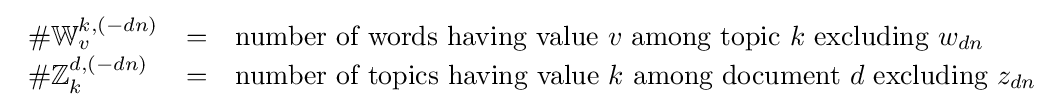
{\begin{array}{lcl}\#\mathbb {W} _{v}^{k,(-dn)}&=&{\text{number of words having value }}v{\text{ among topic }}k{\text{ excluding }}w_{dn}\\\#\mathbb {Z} _{k}^{d,(-dn)}&=&{\text{number of topics having value }}k{\text{ among document }}d{\text{ excluding }}z_{dn}\\\end{array}}